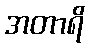
အတာရိ